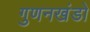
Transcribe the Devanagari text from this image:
गुणनखंडो